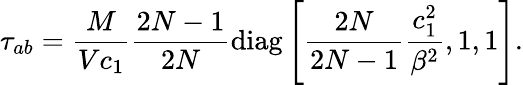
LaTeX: \tau_{ab}=\frac{M}{Vc_{1}}\frac{2N-1}{2N}\mathrm{diag}\left[\frac{2N}{2N-1}\frac{c_{1}^{2}}{\beta^{2}},1,1\right].